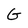
Character: G